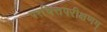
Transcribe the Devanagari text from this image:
परचित्तपरीक्षणम्‌